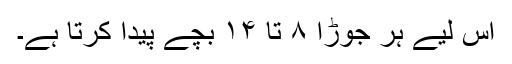
اس لیے ہر جوڑا ۸ تا ۱۴ بچے پیدا کرتا ہے۔